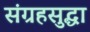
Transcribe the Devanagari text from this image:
संग्रहसुद्धा